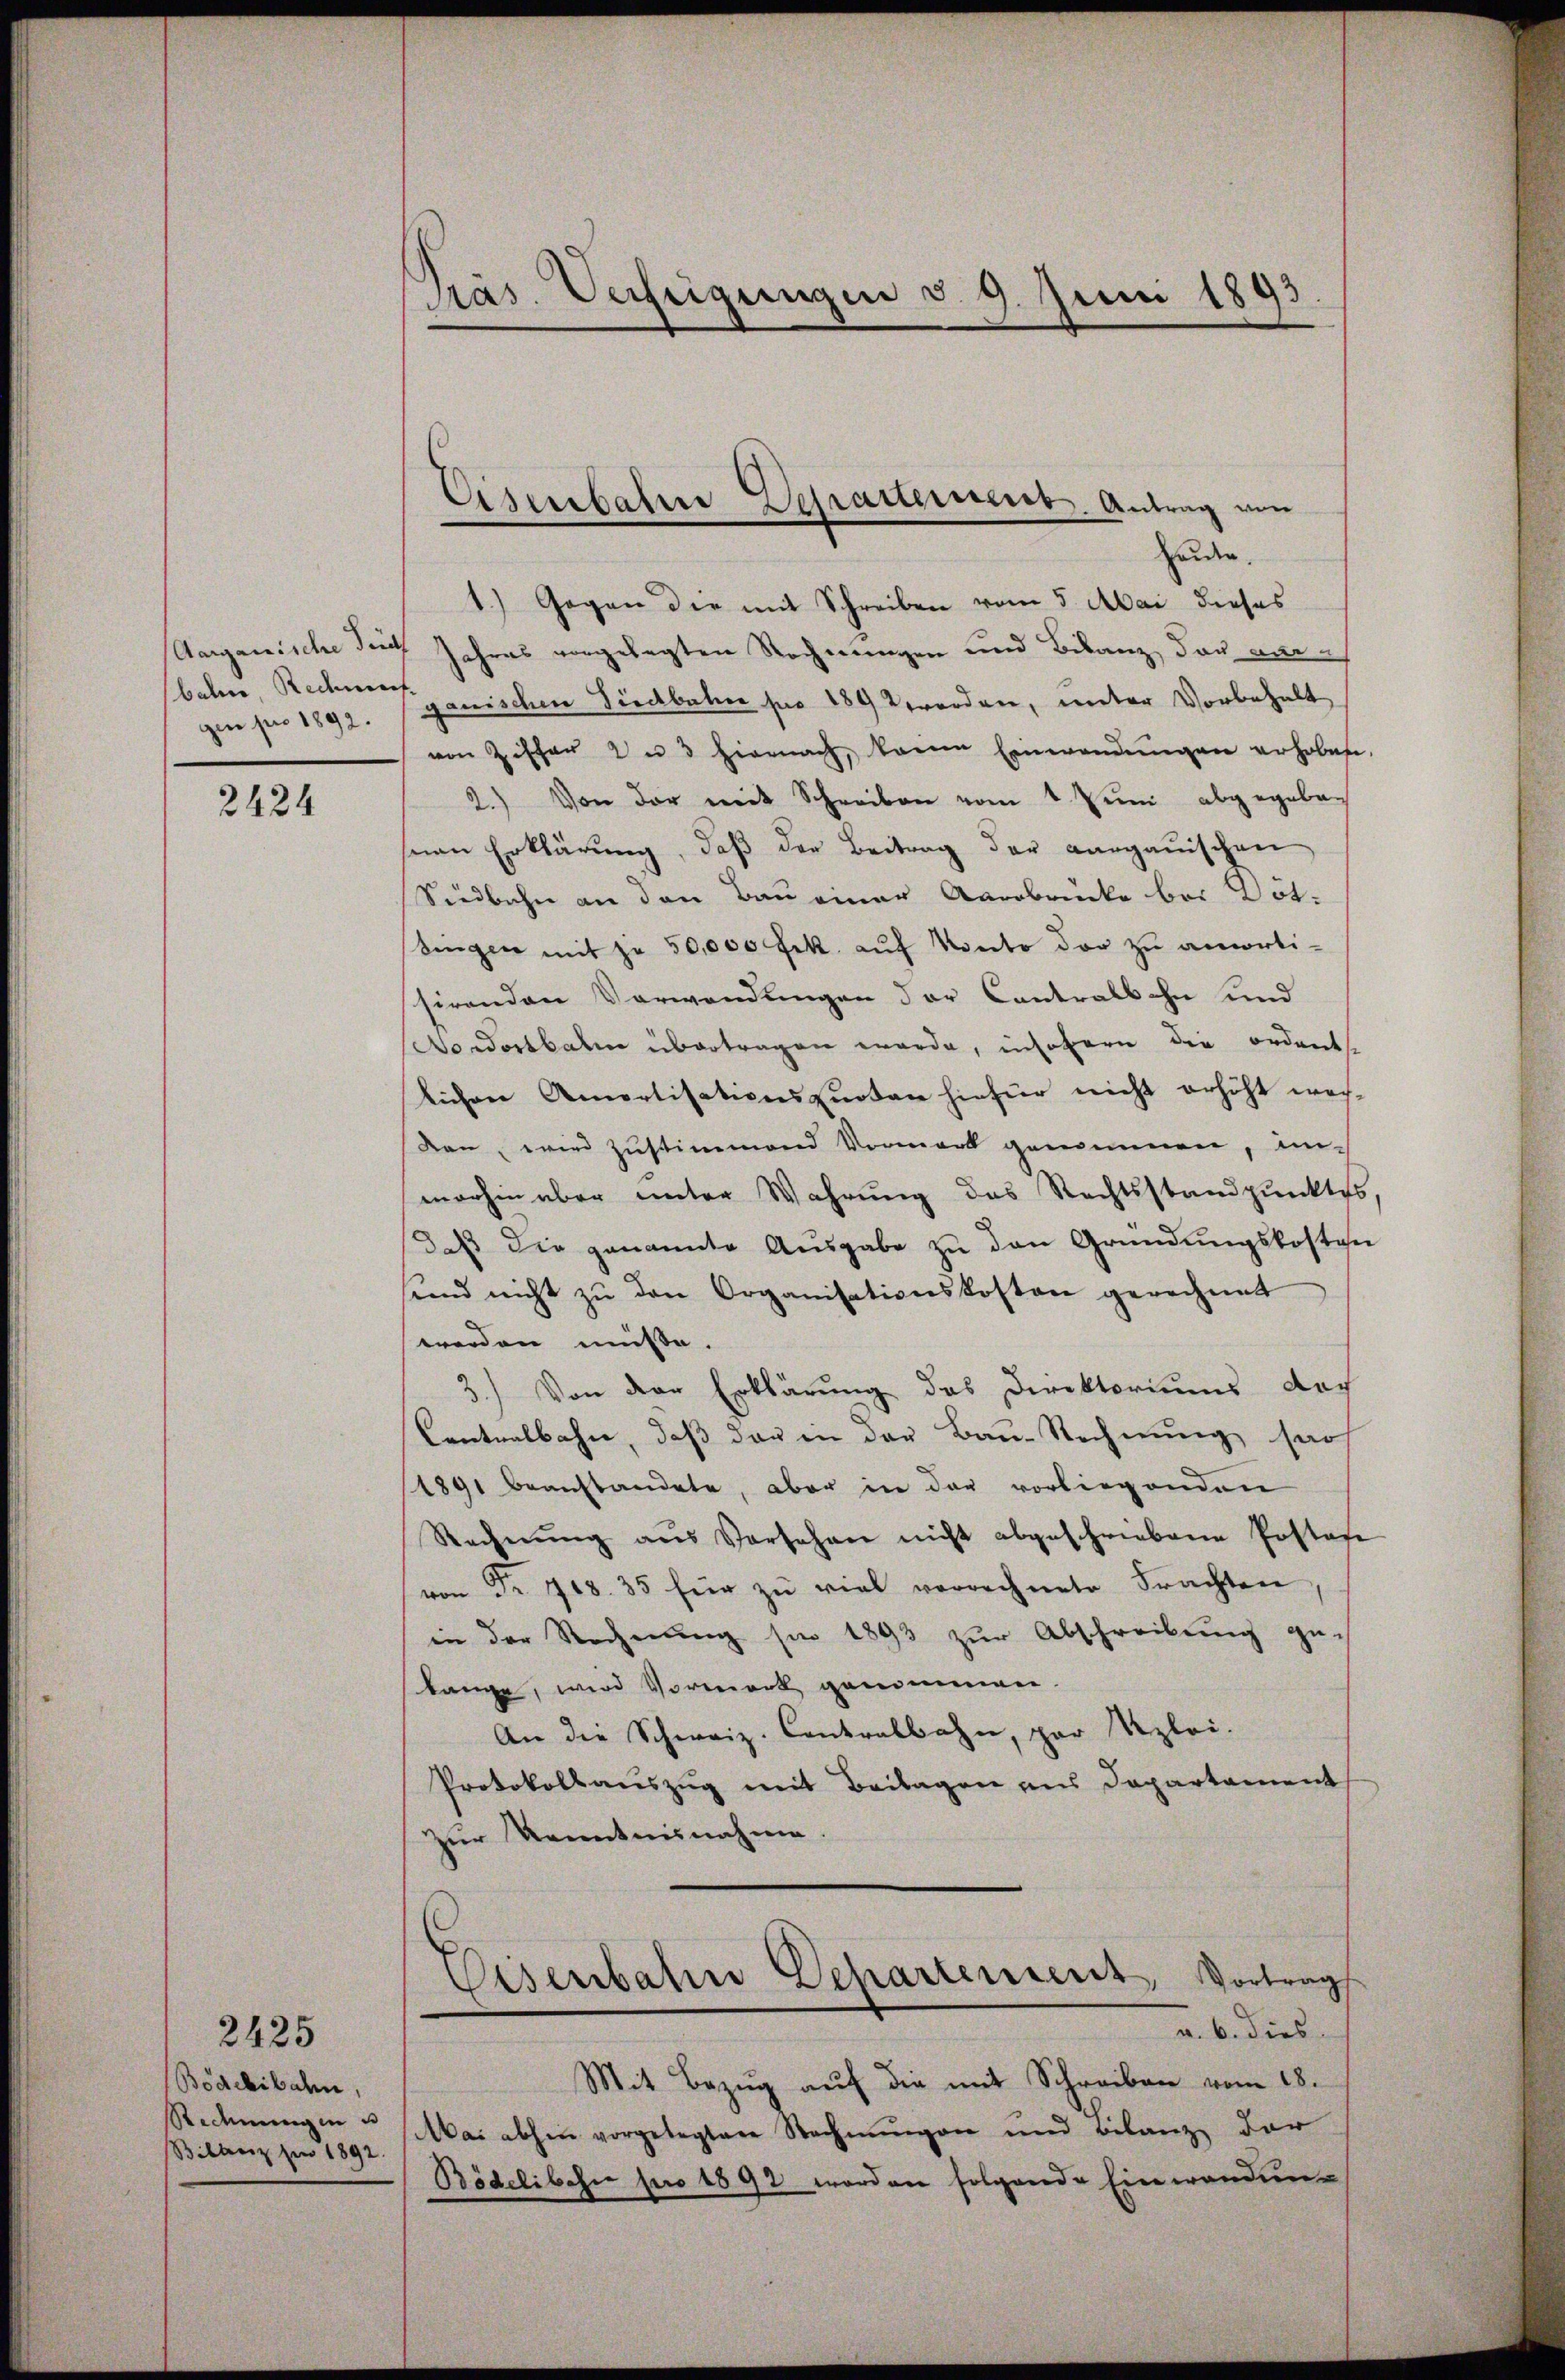
gin pro 1892.

2424

2425
Bodchibahn,
Ridmung in d
Bilberg für 1892.

Präs. Uneigungen v. 9. Juni 1893.

Eisenbahne Departeinert. Antrag von

eiden.
1.) Gegen die mit Schreiben vom 5. Mai dieses
Aarganische die Jahres vorgelegten Rechnungen und Bilanz, das anbahne, Rechnen mischen Südbahn pro 189 worden, unter Vorbehalt
von Ziffer zu 3 hiernach, keine Einwendŭngen erhobene.
2.) Von der mit Schreiben vom 1. Jŭni abgegeben
snen Erklärŭng, daβ der Beitrag der aargauischen
Südbahn an den Bau einer Aarbrücke bei Döt-
Singen mit je 50,000 Frk. aŭf Vonto der zu amortisirenden Verwendungen der Contralbahn und
Nordostbahn übertragen werde, insofern die ordente
lichen Amortisationsquoten hiefür nicht erhöht wech-
dan, wird Zustimmend Vormark genommen, unmerhin aber unter Wahrung des Rechtsstandpunktes
daβ die genannte Aŭsgabe zŭ den Gründungskosten
ŭnd nicht zŭ den Organisationskosten gerechnet
worden müsse.
3.) Von der Erklärung des Direktoriums doc
Centralbahn, daß das in der Bau-Rechnung sass
1891 beanstandete, aber in der vorliegenden
Rechnŭng aus Vorsehen nicht abgeschriebene Postafe
von Fr. 708. 35 für zŭ viel verrechnete Frachten
in der Rechnung sie 1893 zur Abschreibung gelange, wird Vormerk genommen.
An die Schweiz. Contralbahn, par Kzlei.
Protokollauszug mit Beilagen aus Departament
zur Kenntnisnahme.
Eisenbahn Departement, Vortrag
a. b. dies
Mit Bezŭg aŭf die mit Schreiben vom 18.
MMai abhin vorgelegten Rechnŭngen und Bilanz der
Bödelibahn pro 1892 worden folgende Einwendung